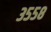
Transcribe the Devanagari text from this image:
३५५८